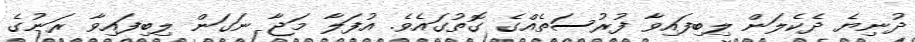
ދުނިޔެ ދެކެލަން ލިބިފައިވާ ފުރުސަތެއްގެ ގޮތުގައެވެ. އުފަލާ މަޖާ ނަގަން ލިބިފައިވާ ރަނުގެ